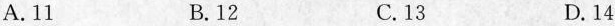
A.11 B.12 C.13 D.14